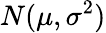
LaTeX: N(\mu,\sigma^{2})